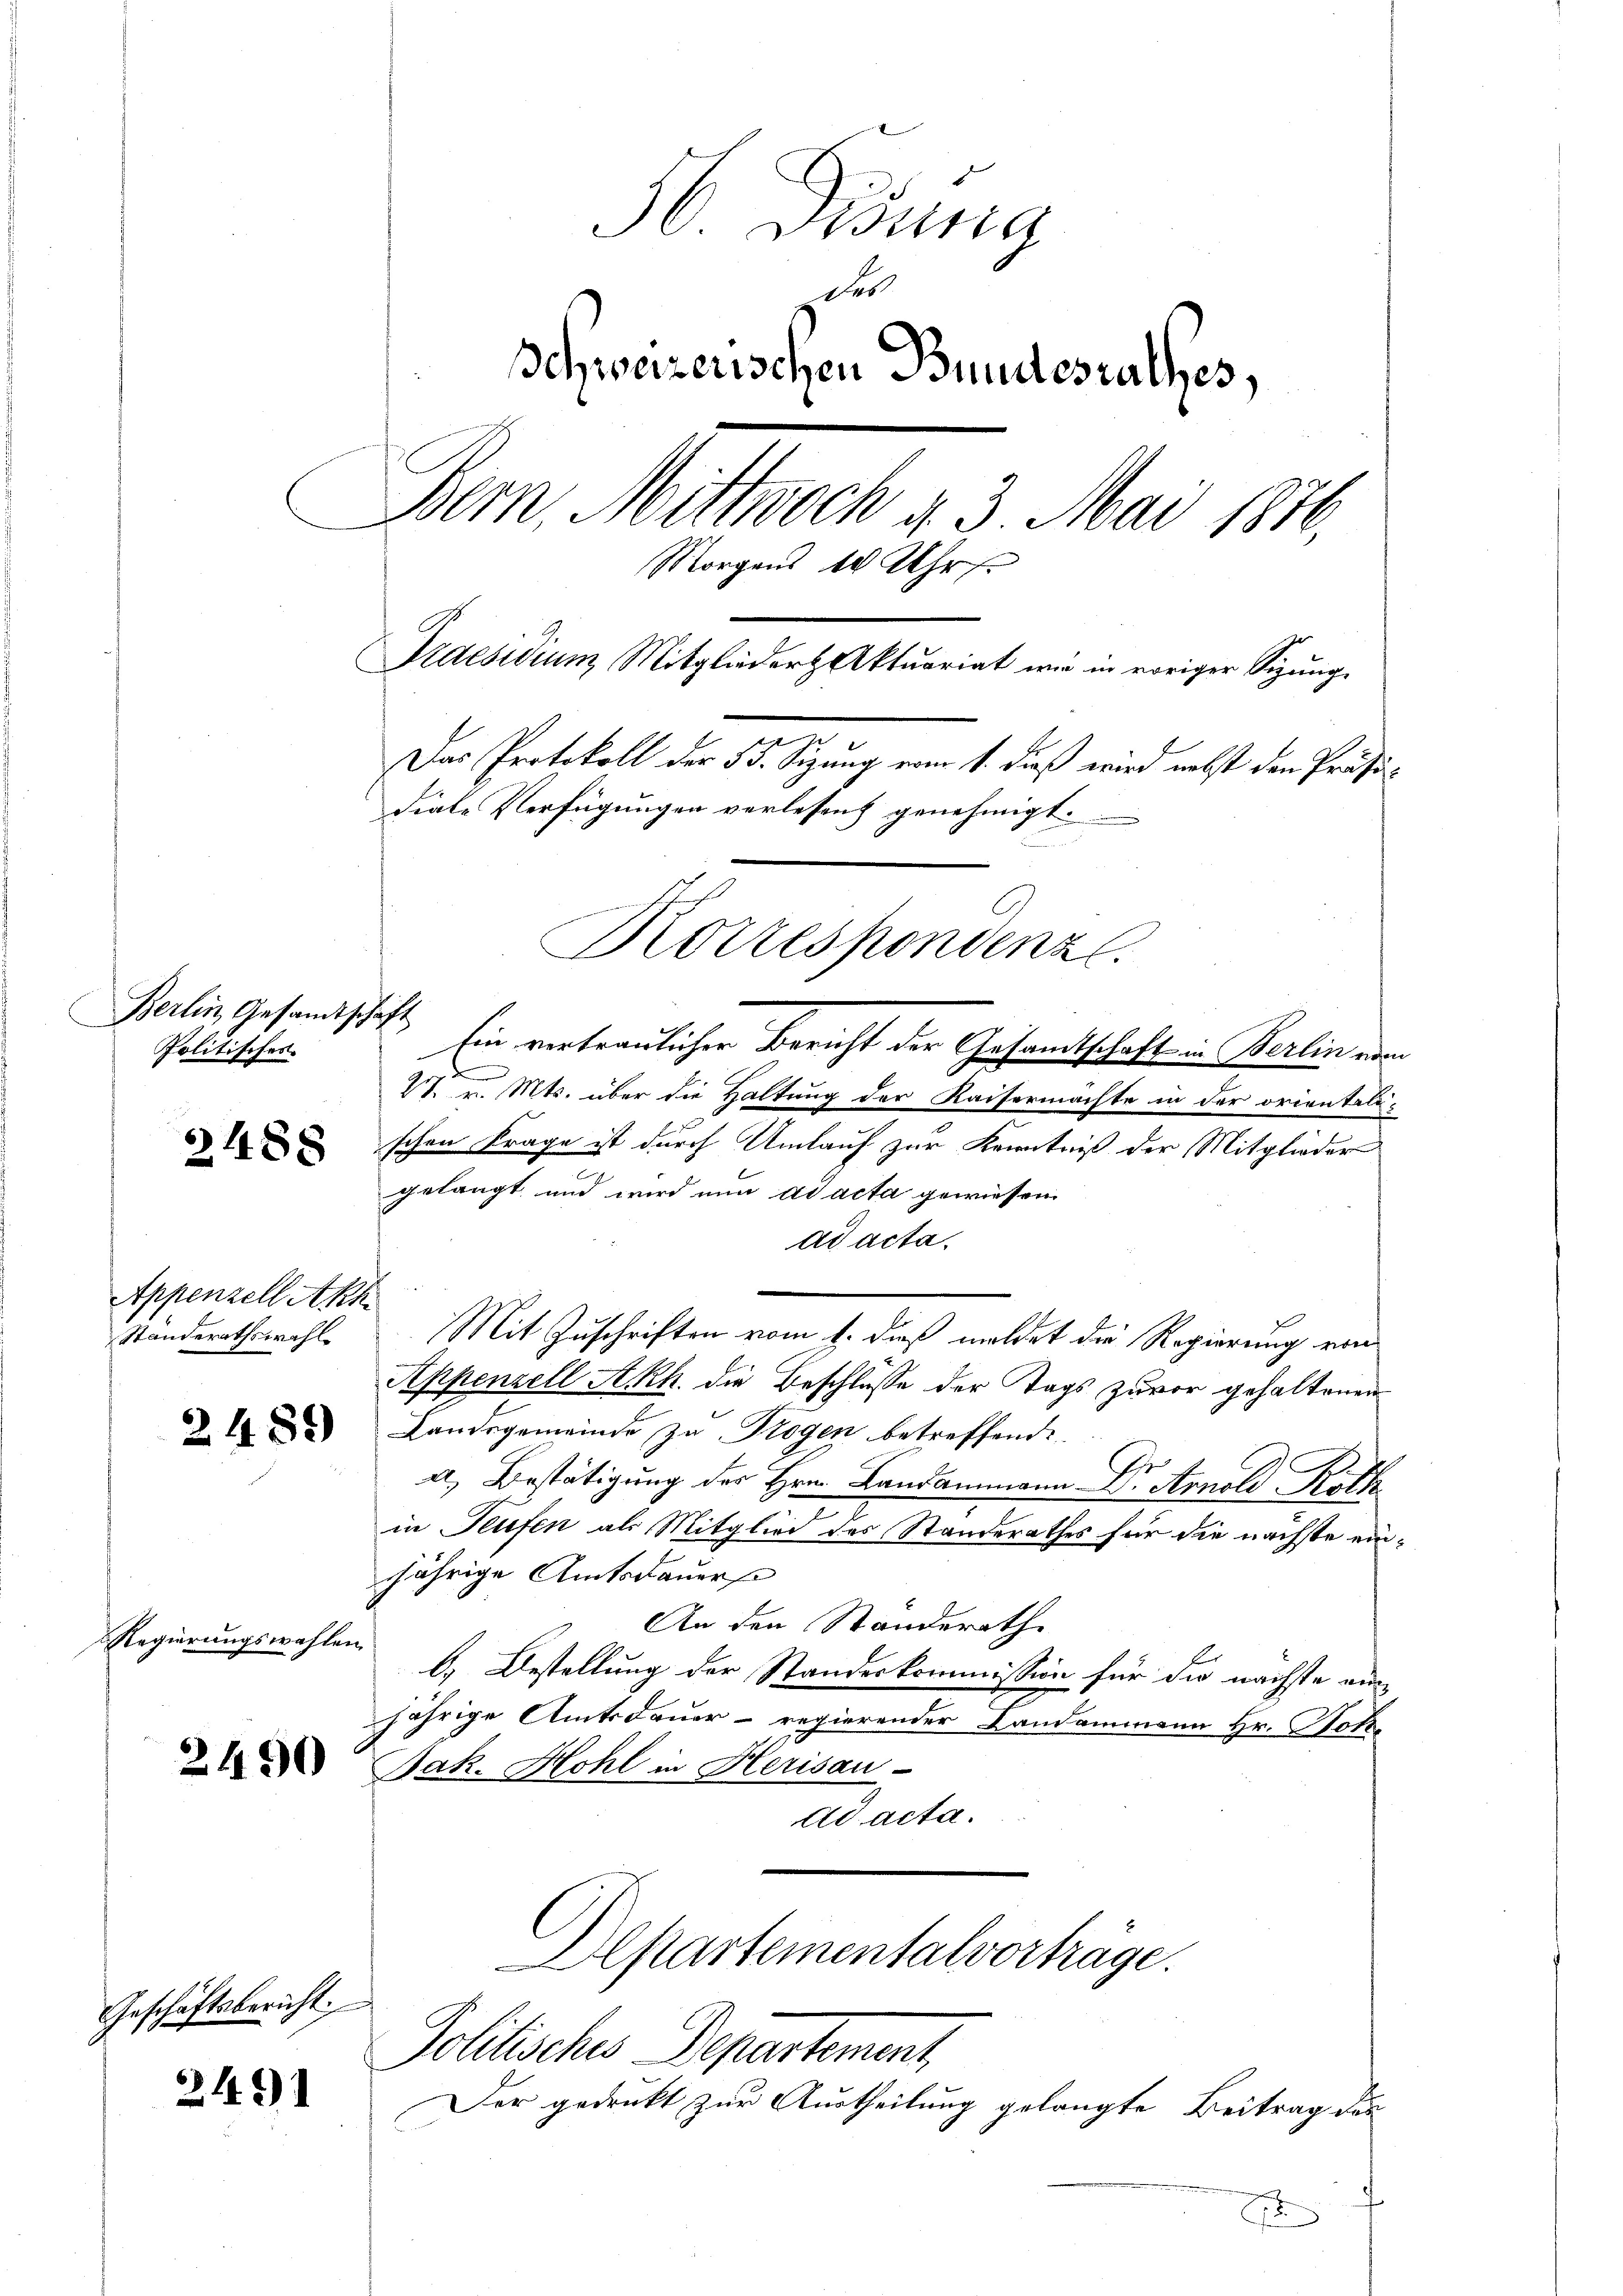
Berlin, Gesandtschaft
Politisches

6
2488

Appenzell Akh.
Standerathswahl

2489

Regierungswahle.

2490

Geschäftsbericht.

2491

56 Didung
des
Schweizerischen Bundesrathes,
Bern, Mittwoch d. 3. Mai 1876
Morgens 10 Uhr
Praesidium Mitglieder Aktuariat wir in voriger Sitzung.
.
Das Protokoll der 55. Sitzung vom 1. dieß wird nebst den Präsidiale Verfügungen verlesen genehmigt.
Korrespondenz

f

Ein vertraulicher Bericht der Gesamtschaft in Berlin vom
V. v. Mts. über die Haltung der Kaisermachte in der orientalischen Frage ist durch Umlauf zur Kenntniß der Mitglieder
gelangt und wird nun ad acta gewiesen
ad acta.
Mit Zuschriften vom 1. dieß meldet die Regierung von
Appenzell Akh. die Beschlüsse der Tags zuvor gehaltenen
Landsgemeinde zu Krogen betreffende
a, Bestätigung des Hrn. Landammann Dr. Arnold Roth
in Teufen als Mitglied des Standerathes für die nächste einjährige Amtsdauer
An den Standerath
b.) Bestellung der Standeskommission für die nächste aus
jährige Amtsdauer- regierender Landammann Hr. Not-
Jak. Hohl in Herisau-
ad acta.
Departementalvorträge.

Politisches Departement,

Der gedenkt zur Austheilung gelangte Beitrag des
2